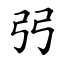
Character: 弜